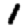
Digit: 1